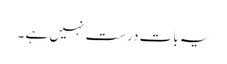
یہ بات درست نہیں ہے ۔